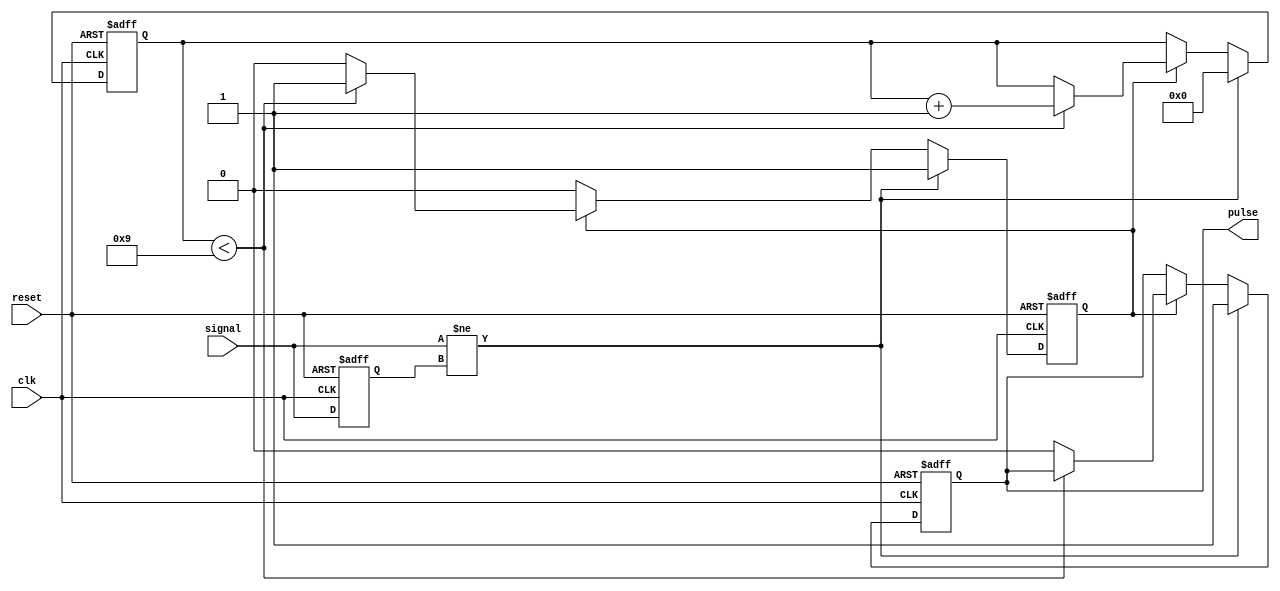
module edge_detector #(parameter PULSE_WIDTH = 10) (
    input wire clk,              // Clock signal
    input wire reset,            // Reset signal
    input wire signal,           // Input signal to detect edges
    output reg pulse             // Output pulse
);
    reg signal_prev;             // Memory element to store previous state of the signal
    reg [$clog2(PULSE_WIDTH):0] counter; // Counter for pulse width timing
    reg pulse_active;            // Flag to indicate if pulse is active

    // Edge detection and pulse generation
    always @(posedge clk or posedge reset) begin
        if (reset) begin
            signal_prev <= 0;            // Initialize previous signal state
            pulse <= 0;                  // Clear output pulse
            pulse_active <= 0;           // Clear pulse active flag
            counter <= 0;                // Clear counter
        end else begin
            // Edge detection logic
            if (signal != signal_prev) begin
                // An edge is detected
                pulse <= 1;               // Set pulse high on edge detection
                pulse_active <= 1;        // Indicate pulse is active
                counter <= 0;             // Reset counter
            end else if (pulse_active) begin
                // If pulse is active, increment counter
                if (counter < PULSE_WIDTH - 1) begin
                    counter <= counter + 1;
                end else begin
                    pulse <= 0;            // Set pulse low after duration
                    pulse_active <= 0;     // Pulse no longer active
                end
            end
            
            // Update previous signal state
            signal_prev <= signal;
        end
    end
endmodule